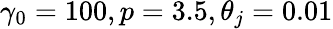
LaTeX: \gamma_{0}=100,p=3.5,\theta_{j}=0.01